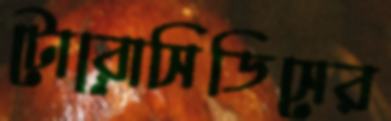
টোরোসিডিসের